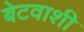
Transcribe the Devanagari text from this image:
बेटवाशी